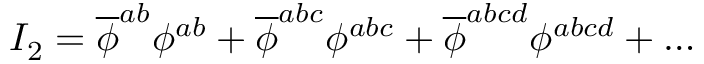
{ \cal I } _ { 2 } = \overline { { { \phi } } } ^ { a b } \phi ^ { a b } + \overline { { { \phi } } } ^ { a b c } \phi ^ { a b c } + \overline { { { \phi } } } ^ { a b c d } \phi ^ { a b c d } + \ldots